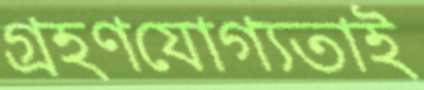
গ্রহণযোগ্যতাই